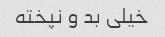
خیلی بد و نپخته